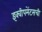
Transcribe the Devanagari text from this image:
इक्वीपमेंटसची